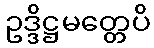
ဥဒ္ဒိဋ္ဌမတ္တေပိ